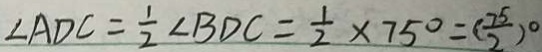
\angle A D C = \frac { 1 } { 2 } \angle B D C = \frac { 1 } { 2 } \times 7 5 ^ { \circ } = ( \frac { 7 5 } { 2 } ) ^ { \circ }